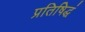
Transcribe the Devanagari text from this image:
प्रतिषिद्धं